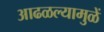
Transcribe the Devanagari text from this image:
आढळल्यामुळें